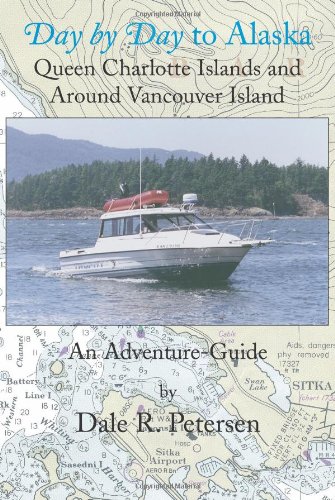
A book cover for Day by Day to Alaska: Queen Charlotte Islands and Around Vancouver Island; Dale R. Petersen; Travel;